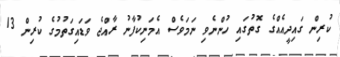
ކުރިން ގައިދީއެއްގެ ގޮތުގައި ހުންނެވި ނަމަވެސް އެމަނިކުފާނު ރާއްޖެ ވަޑައިގަތުމުގެ ކުރިން 13